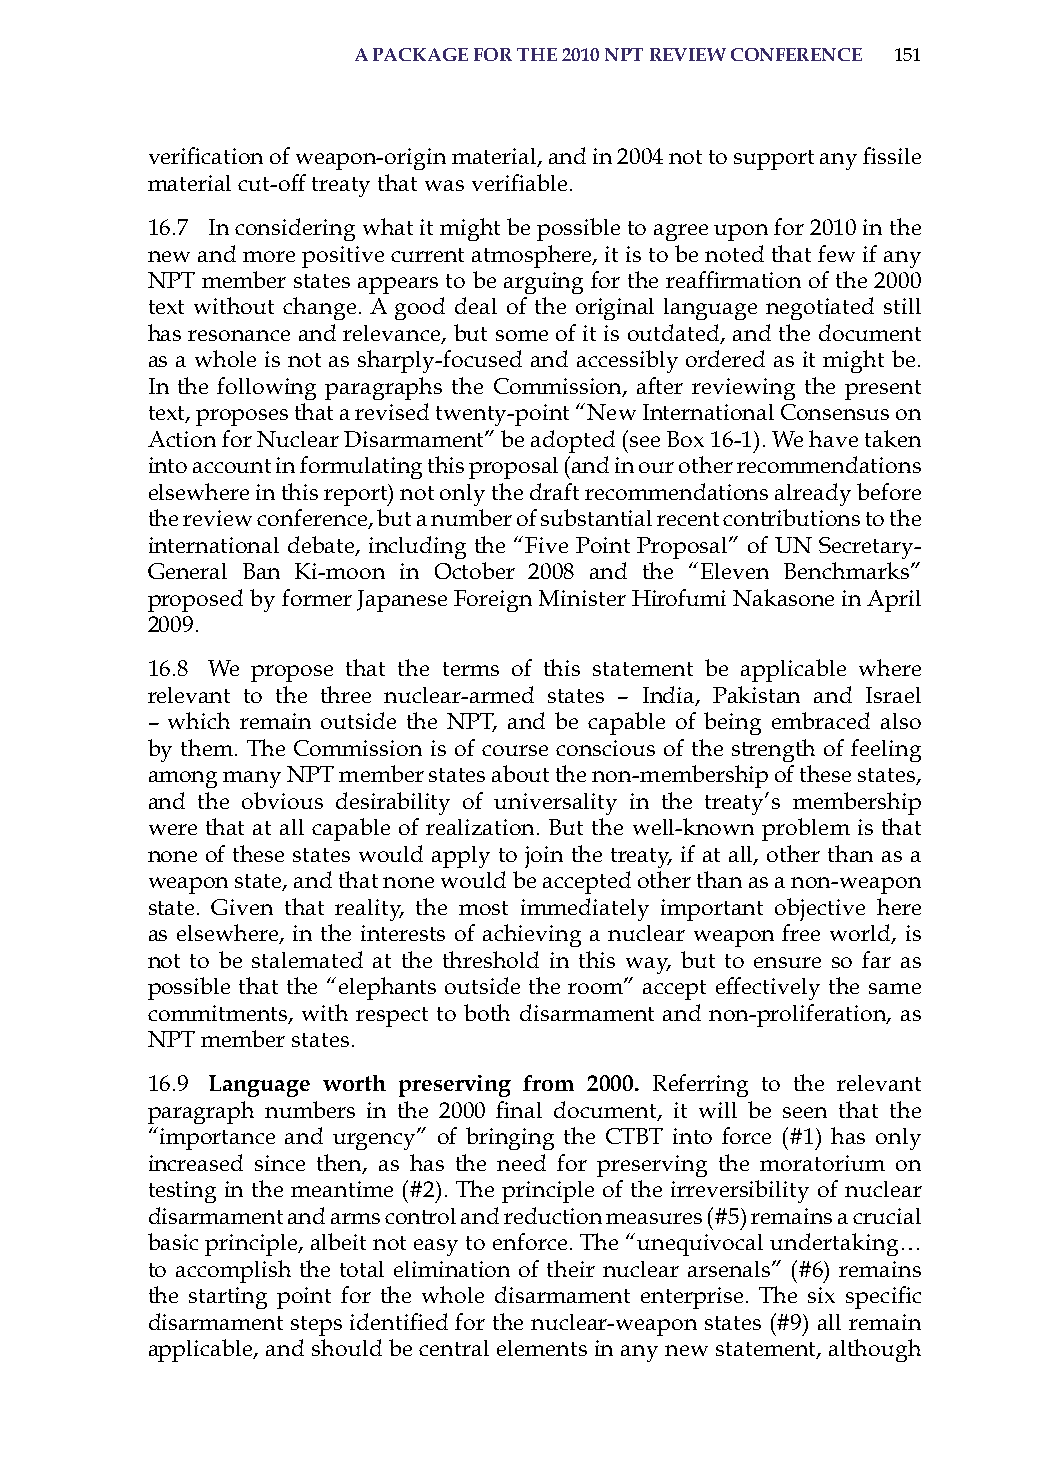
a PackaGe for the 2010 nPt review conference 151
 verification of weapon-origin material, and in 2004 not to support any fissile
 material cut-off treaty that was verifiable.
 16.7 in considering what it might be possible to agree upon for 2010 in the
 new and more positive current atmosphere, it is to be noted that few if any
 NPT member states appears to be arguing for the reaffirmation of the 2000
 text without change. a good deal of the original language negotiated still
 has resonance and relevance, but some of it is outdated, and the document
 as a whole is not as sharply-focused and accessibly ordered as it might be.
 in the following paragraphs the Commission, after reviewing the present
 text, proposes that a revised twenty-point “New international Consensus on
 action for Nuclear Disarmament” be adopted (see Box 16-1). We have taken
 into account in formulating this proposal (and in our other recommendations
 elsewhere in this report) not only the draft recommendations already before
 the review conference, but a number of substantial recent contributions to the
 international debate, including the “Five Point Proposal” of UN secretary-
 General Ban Ki-moon in october 2008 and the “Eleven Benchmarks”
 proposed by former Japanese Foreign Minister hirofumi Nakasone in april
 2009.
 16.8 We propose that the terms of this statement be applicable where
 relevant to the three nuclear-armed states – india, Pakistan and israel
 – which remain outside the NPT, and be capable of being embraced also
 by them. The Commission is of course conscious of the strength of feeling
 among many NPT member states about the non-membership of these states,
 and the obvious desirability of universality in the treaty’s membership
 were that at all capable of realization. But the well-known problem is that
 none of these states would apply to join the treaty, if at all, other than as a
 weapon state, and that none would be accepted other than as a non-weapon
 state. Given that reality, the most immediately important objective here
 as elsewhere, in the interests of achieving a nuclear weapon free world, is
 not to be stalemated at the threshold in this way, but to ensure so far as
 possible that the “elephants outside the room” accept effectively the same
 commitments, with respect to both disarmament and non-proliferation, as
 NPT member states.
 16.9 language worth preserving from 2000. referring to the relevant
 paragraph numbers in the 2000 final document, it will be seen that the
 “importance and urgency” of bringing the CTBT into force (#1) has only
 increased since then, as has the need for preserving the moratorium on
 testing in the meantime (#2). The principle of the irreversibility of nuclear
 disarmament and arms control and reduction measures (#5) remains a crucial
 basic principle, albeit not easy to enforce. The “unequivocal undertaking…
 to accomplish the total elimination of their nuclear arsenals” (#6) remains
 the starting point for the whole disarmament enterprise. The six specific
 disarmament steps identified for the nuclear-weapon states (#9) all remain
 applicable, and should be central elements in any new statement, although